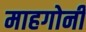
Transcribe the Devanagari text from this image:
माहगोनी